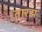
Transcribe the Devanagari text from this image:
तारस